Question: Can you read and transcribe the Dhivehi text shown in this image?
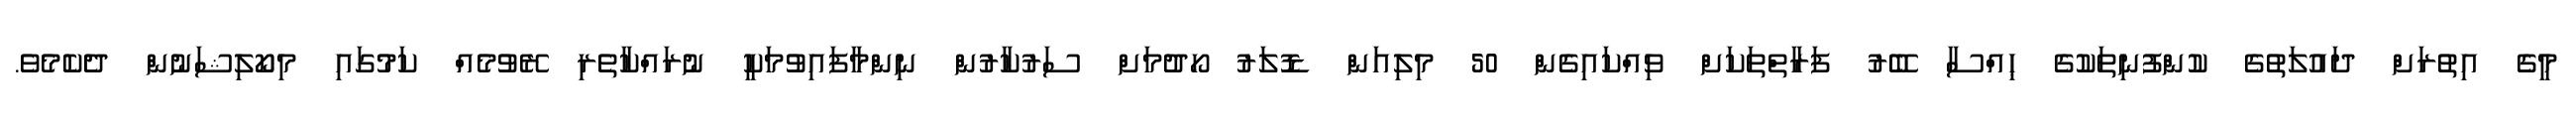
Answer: މީގެ އިތުރަށް ދައުލަތުގެ ކުންފުނިތަކުގެ ޙިއްސާ ބޭރު ފަރާތްތަކަށް ވިއްކައިގެން 50 މިލިއަން ޑޮލަރު ހޯދުމަށް ސަރުކާރުން ނިންމާފައިވުމަކީ ނުރައްކާތެރި ރޭވުމެއް ކަމުގައި މިކޯލިޝަނުން ދެކެމެވެ.